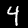
Label: 4